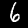
Digit: 6